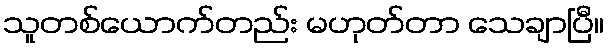
သူတစ်ယောက်တည်း မဟုတ်တာ သေချာပြီ။